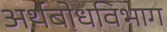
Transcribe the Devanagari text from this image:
अर्थबोधविभाग